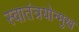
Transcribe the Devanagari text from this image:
स्वातंत्रयोन्मुख